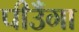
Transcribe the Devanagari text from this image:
पीउँगा